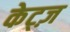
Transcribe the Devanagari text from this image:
केट्ज़